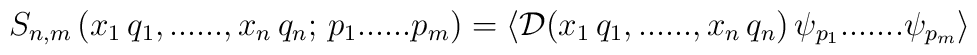
\left.  S_{n,m} \, (x_{1} \, q_{1},......,x_{n} \, q_{n};\,p_{1}......p_{m}) = \langle {\cal D} (x_{1} \, q_{1},......,x_{n} \,q_{n}) \, \psi_{p_{1}}.......  \psi_{p_{m}} \rangle \right.